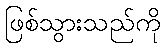
ဖြစ်သွားသည်ကို